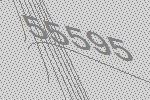
55595